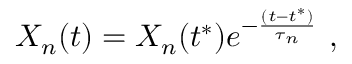
X _ { n } ( t ) = X _ { n } ( t ^ { * } ) e ^ { - \frac { ( t - t ^ { * } ) } { \tau _ { n } } } ~ ,